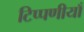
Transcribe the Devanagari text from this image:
टिप्पणीयाँ